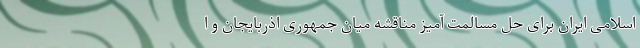
اسلامی ایران برای حل مسالمت آمیز مناقشه میان جمهوری اذربایجان و ا